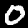
Digit: 0